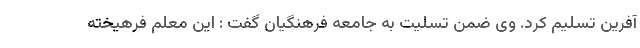
آفرین تسلیم کرد. وی ضمن تسلیت به جامعه فرهنگیان گفت : این معلم فرهیخته